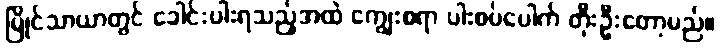
မြိုင်သာယာတွင် ခေါင်းပါးရသည့်အထဲ ကျွေးစရာ ပါးစပ်ပေါက် တိုးဦးတော့မည်။